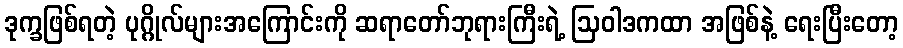
ဒုက္ခဖြစ်ရတဲ့ ပုဂ္ဂိုလ်များအကြောင်းကို ဆရာတော်ဘုရားကြီးရဲ့ ဩဝါဒကထာ အဖြစ်နဲ့ ရေးပြီးတော့